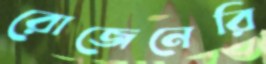
রোজেনেরি